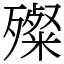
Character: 殩